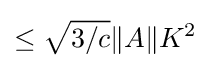
\leq {\sqrt {3/c}}\|A\|K^{2}